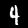
Digit: 4